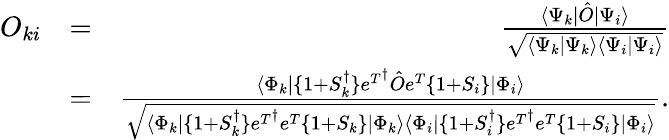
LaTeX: \begin{array}{rlr}{O_{ki}}&{=}&{\frac{\langle{\Psi_{k}|\hat{O}|\Psi_{i}}\rangle}{\sqrt{\langle{\Psi_{k}|\Psi_{k}}\rangle{\langle{\Psi_{i}|\Psi_{i}}\rangle}}}}\\ &{=}&{\frac{\langle{\Phi_{k}|\{ 1+S_{k}^{\dagger}\} e^{T^{\dagger}}{\hat{O}}e^{T}\{ 1+S_{i}\} |\Phi_{i}}\rangle}{\sqrt{{\langle{\Phi_{k}|\{ 1+S_{k}^{\dagger}\} e^{T^{\dagger}}e^{T}\{ 1+S_{k}\} |\Phi_{k}}\rangle\langle\Phi_{i}|\{ 1+S_{i}^{\dagger}\} e^{T^{\dagger}}e^{T}\{ 1+S_{i}\} |\Phi_{i}}\rangle}}.}\end{array}